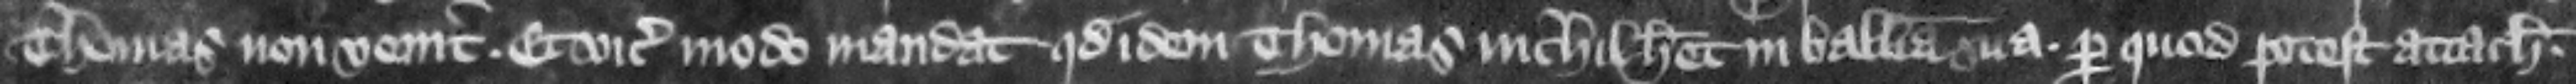
Thomas non venit. Et vicecomes modo mandate quod idem Thomas nichil habet in balliua sua per quod potest attachiari